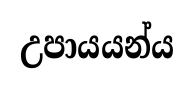
උපායයන්ය